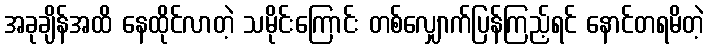
အခုချိန်အထိ နေထိုင်လာတဲ့ သမိုင်းကြောင်း တစ်လျှောက်ပြန်ကြည့်ရင် နောင်တရမိတဲ့